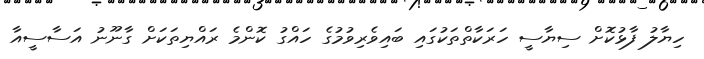
ހިޔާލު ފާޅުކޮށް ސިޔާސީ ހަރަކާތްތަކުގައި ބައިވެރިވުމުގެ ހައްގު ކޮންމެ ރައްޔިތަކަށް ގާނޫނު އަސާސީއާ